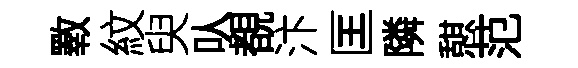
斁紋臾㕥覩汴匡隣憇范